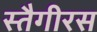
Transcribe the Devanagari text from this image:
स्तैगीरस